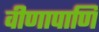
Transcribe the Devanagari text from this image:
वीणापाणि